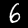
Label: 6